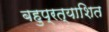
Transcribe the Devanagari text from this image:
बहुप्रत्याशित